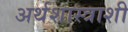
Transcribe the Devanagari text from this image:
अर्थशास्त्राशी